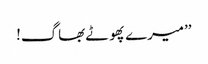
’’میرے پھوٹے بھاگ!